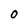
Character: O